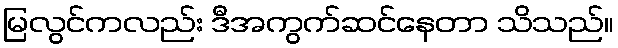
မြလွင်ကလည်း ဒီအကွက်ဆင်နေတာ သိသည်။